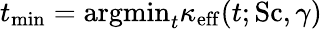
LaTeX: t_{\mathrm{min}}=\mathrm{argmin}_{t}\kappa_{\mathrm{eff}}(t;\mathrm{Sc},\gamma)